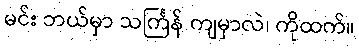
မင်း ဘယ်မှာ သင်္ကြန် ကျမှာလဲ၊ ကိုထက်။